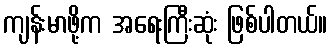
ကျန်းမာဖို့က အရေးကြီးဆုံး ဖြစ်ပါတယ်။